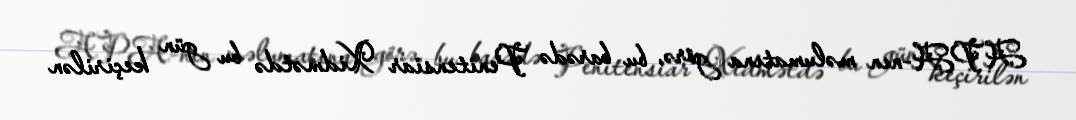
APA-nın məlumatına görə, bu barədə Penitensiar Xidmətdə bu gün keçirilən